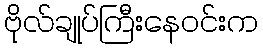
ဗိုလ်ချုပ်ကြီးနေဝင်းက